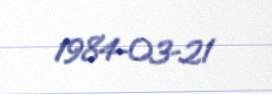
1984-03-21